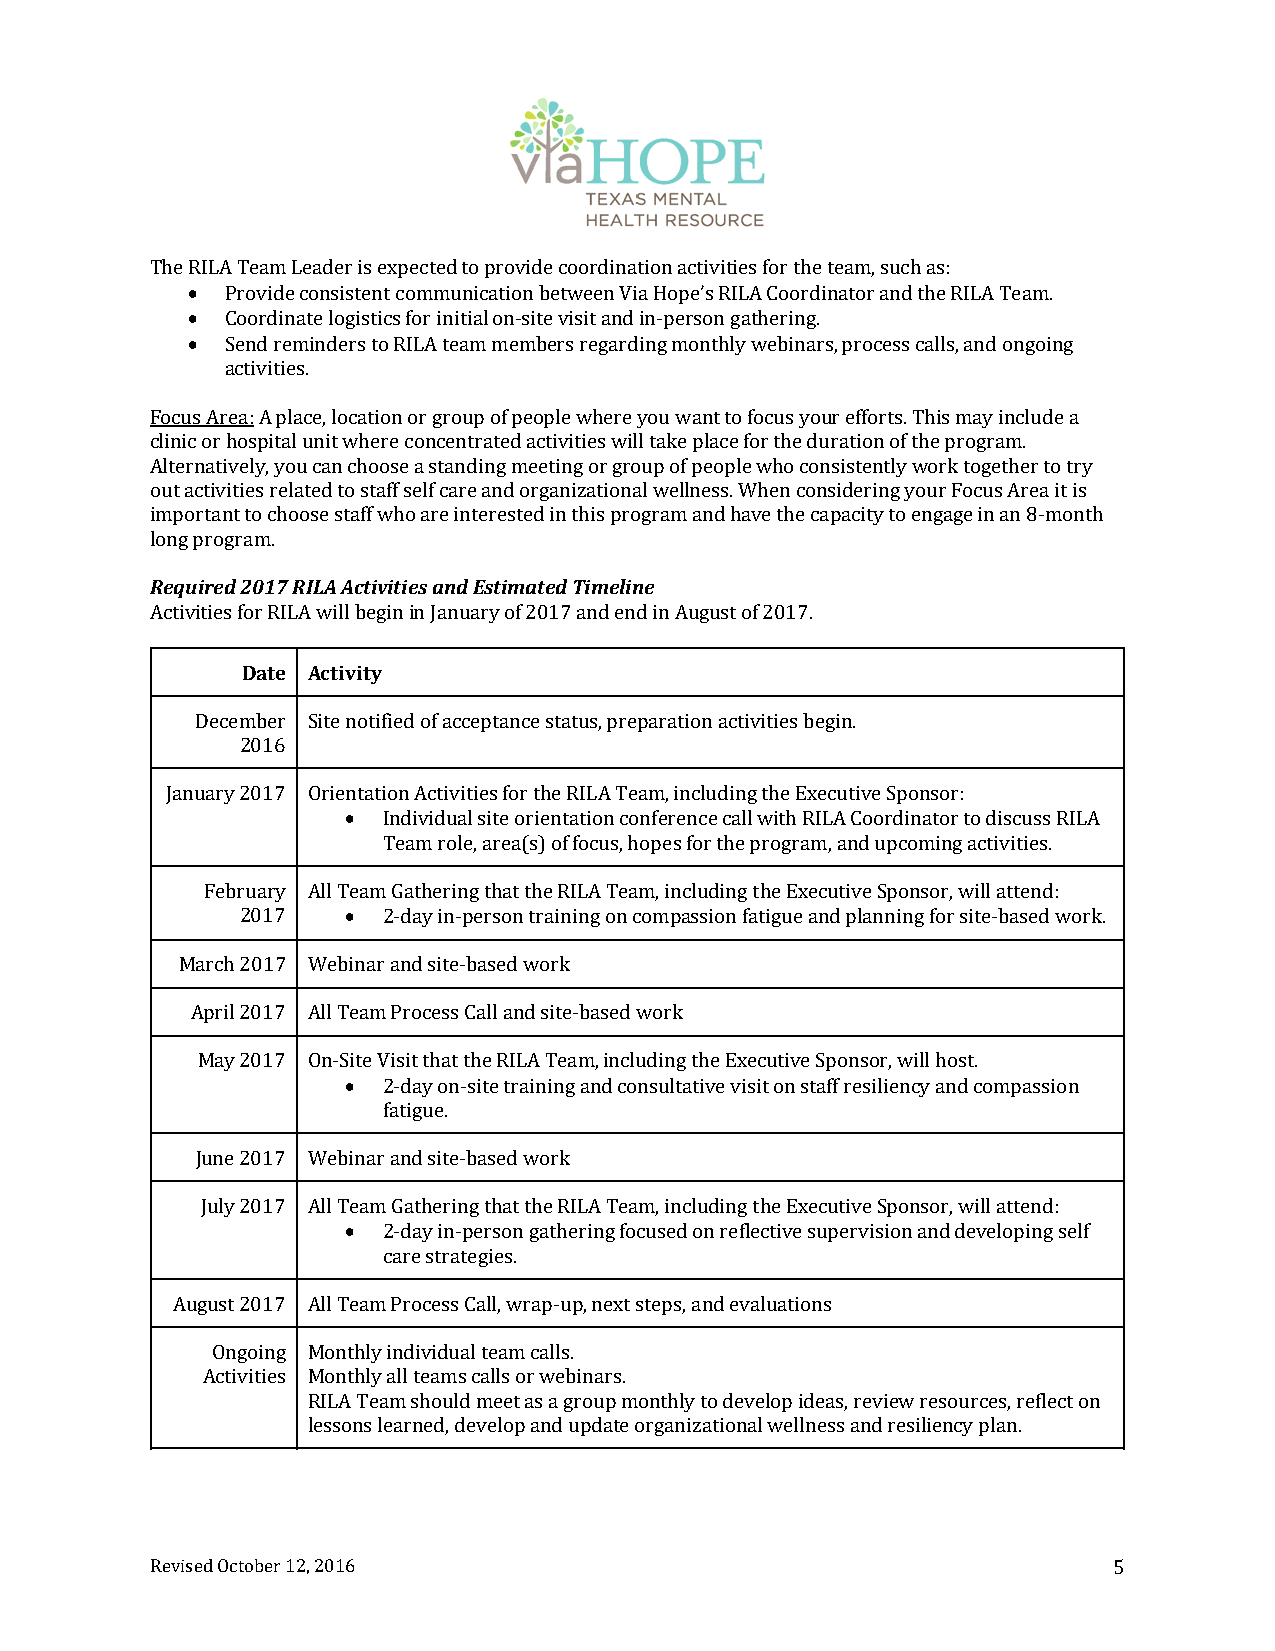
The RILA Team Leader is expected to provide coordination activities for the team, such as:
   Provide consistent communication between Via Hope’s RILA Coordinator and the RILA Team.
   Coordinate logistics for initial on‐site visit and in‐person gathering.
   Send reminders to RILA team members regarding monthly webinars, process calls, and ongoing
 activities.
 Focus Area: A place, location or group of people where you want to focus your efforts. This may include a
 clinic or hospital unit where concentrated activities will take place for the duration of the program.
 Alternatively, you can choose a standing meeting or group of people who consistently work together to try
 out activities related to staff self care and organizational wellness. When considering your Focus Area it is
 important to choose staff who are interested in this program and have the capacity to engage in an 8‐month
 long program.
 Required 2017 RILA Activities and Estimated Timeline
 Activities for RILA will begin in January of 2017 and end in August of 2017.
 Date Activity
 December Site notified of acceptance status, preparation activities begin.
 2016
 January 2017 Orientation Activities for the RILA Team, including the Executive Sponsor:
  Individual site orientation conference call with RILA Coordinator to discuss RILA
 Team role, area(s) of focus, hopes for the program, and upcoming activities.
 February All Team Gathering that the RILA Team, including the Executive Sponsor, will attend:
 2017    2‐day in‐person training on compassion fatigue and planning for site‐based work.
 March 2017 Webinar and site‐based work
 April 2017 All Team Process Call and site‐based work
 May 2017 On‐Site Visit that the RILA Team, including the Executive Sponsor, will host.
  2‐day on‐site training and consultative visit on staff resiliency and compassion
 fatigue.
 June 2017 Webinar and site‐based work
 July 2017 All Team Gathering that the RILA Team, including the Executive Sponsor, will attend:
  2‐day in‐person gathering focused on reflective supervision and developing self
 care strategies.
 August 2017 All Team Process Call, wrap‐up, next steps, andevaluations
 Ongoing Monthly individual team calls.
 Activities Monthly all teams calls or webinars.
 RILA Team should meet as a group monthly to develop ideas, review resources, reflect on
 lessons learned, develop and update organizational wellness and resiliency plan.
 Revised October 12, 2016                                        5